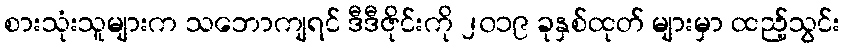
စားသုံးသူများက သဘောကျရင် ဒီဒီဇိုင်းကို ၂၀၁၉ ခုနှစ်ထုတ် များမှာ ထည့်သွင်း